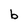
Character: b